Scottish Leaving Certificate Examination, 1961
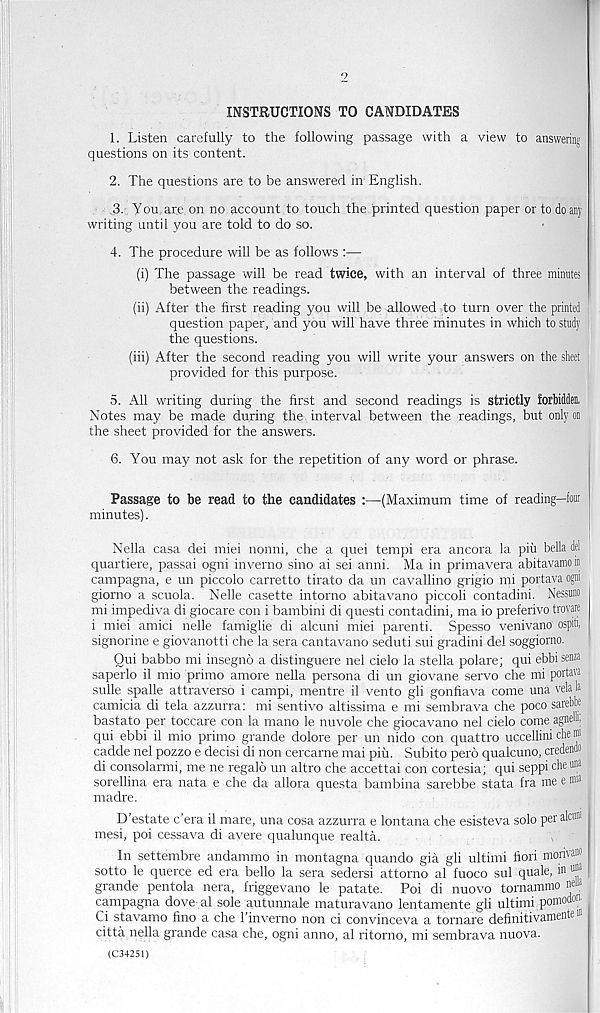
INSTRUCTIONS TO CANDIDATES
1. Listen carefully to the following passage with a view to answering
questions on its content.
2. The questions are to be answered in English.
3. You. are. on no account to touch the printed question paper or to do any
writing until you are told to do so.
4. The procedure will be as follows :—
(i) The passage will be read twice, with an interval of three minutes
between the readings.
(ii) After the first reading you will be allowed to turn over the printed
question paper, and you will have three minutes in which to study
the questions.
(iii) After the second reading you will write your answers on the sheet
provided for this purpose.
5. All writing during the first and second readings is strictly forbidden.
Notes may be made during the, interval between the readings, but only on
the sheet provided for the answers.
6. You may not ask for the repetition of any word or phrase.
Passage to be read to the candidates :—(Maximum time of reading—font
minutes).
Nella casa dei miei nonni, che a quei tempi era ancora la piii bella del
quartiere, passai ogni inverno sino ai sei anni. Ma in primavera abitavamo in
campagna, e un piccolo carretto tirato da un cavallino grigio mi portava ogni
giorno a scuola. Nelle casette intorno abitavano piccoli contadini. Nessuno
mi impediva di giocare con i bambini di questi contadini, ma io preferivo trovare
i miei amici nelle famiglie di alcuni miei parenti. Spesso venivano ospiti,
signorine e giovanotti che la sera cantavano seduti sui gradini del soggiorno.
Qui babbo mi insegno a distinguere nel cielo la stella polare; qui ebbi seiffl
saperlo il mio primo amore nella persona di un giovane servo che mi portava
sulle spalle attraverso i campi, mentre il vento gli gonfiava come una vela la
camicia di tela azzurra: mi sentivo altissima e mi sembrava che poco sarebbe
bastato per toccare con la mano le nuvole che giocavano nel cielo come agneln;
qui ebbi il mio primo grande dolore per un nido con quattro uccellini die ®
cadde nel pozzo e decisi di non cercarne mai piu. Subito pero qualcuno, credendo
di consolarmi, me ne regalo un altro che accettai con cortesia; qui seppi che una
sorellina era nata e che da allora questa bambina sarebbe stata fra me e i*
madre.
D’estate c’era il mare, una cosa azzurra e lontana che esisteva solo per alcm«
mesi, poi cessava di avere qualunque realta.
In settembre andammo in montagna quando gia gli ultimi fiori morivan*
sotto le querce ed era bello la sera sedersi attorno al fuoco sul quale, in ® a
grande pentola nera, friggevano le patate. Poi di nuovo tornamnio ne»
campagna dove al sole autunnale maturavano lentamente gli ultimi pomodon
Ci stavamo fino a che 1’inverno non ci convinceva a tornare definitivamente 111
pitta nella grande casa che, ogni anno, al ritorno, mi sembrava nuova.
(C34251)